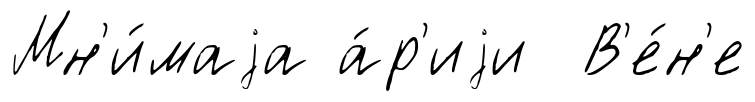
Мн'и́маjа а́р'иjи В'е́н'е